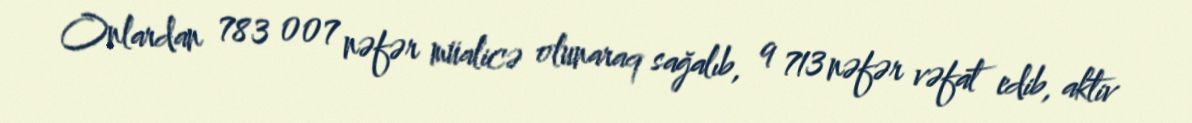
Onlardan 783 007 nəfər müalicə olunaraq sağalıb, 9 713 nəfər vəfat edib, aktiv